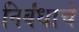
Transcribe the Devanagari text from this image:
निर्बंधाचें